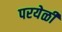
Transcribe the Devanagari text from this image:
परयेळी